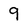
Character: 9